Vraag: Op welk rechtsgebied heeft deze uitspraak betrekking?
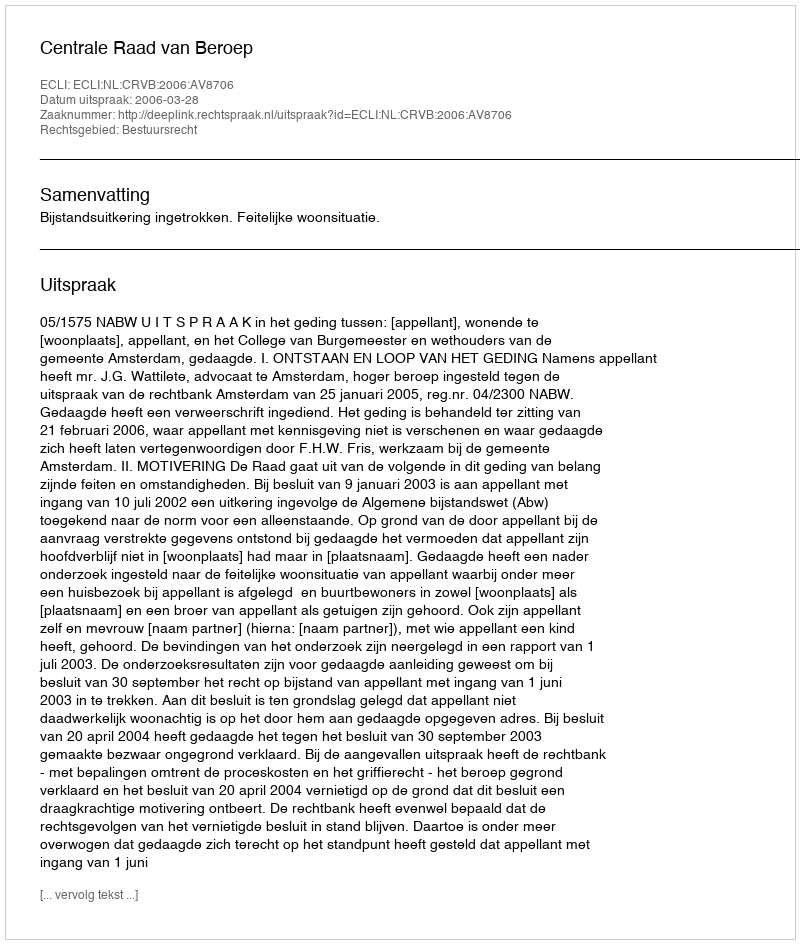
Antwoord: Bestuursrecht